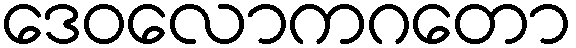
ဒေဝလောကဂတော